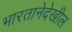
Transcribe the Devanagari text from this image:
भारतानेदेखील